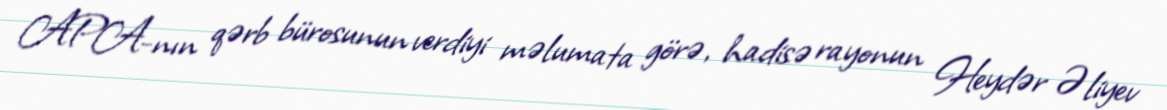
APA-nın qərb bürosunun verdiyi məlumata görə, hadisə rayonun Heydər Əliyev